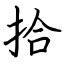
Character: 拾